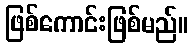
ဖြစ်ကောင်းဖြစ်မည်။